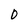
Character: 0